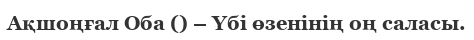
Ақшоңғал Оба () – Үбі өзенінің оң саласы.